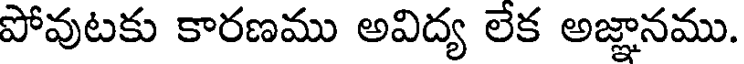
పోవుటకు కారణము అవిద్య లేక అజ్ఞానము.